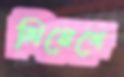
লিয়েগে